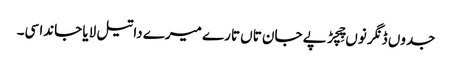
جدوں ڈنگر نوں چِچڑ پے جان تاں تارے میرے دا تیل لایا جاندا سی۔